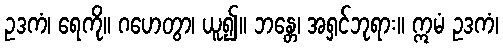
ဥဒကံ၊ ရေကို။ ဂဟေတွာ၊ ယူ၍။ ဘန္တေ၊ အရှင်ဘုရား။ ဣမံ ဥဒကံ၊